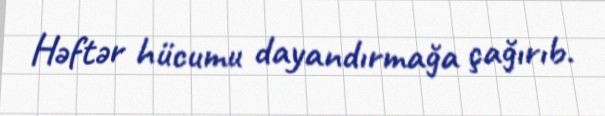
Həftər hücumu dayandırmağa çağırıb.